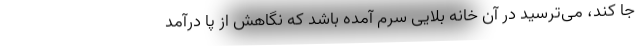
جا کَند، می‌ترسید در آن خانه بلایی سرم آمده باشد که نگاهش از پا درآمد